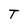
Character: T